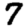
Digit: 7